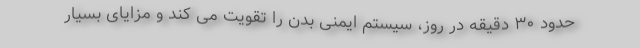
حدود ۳۰ دقیقه در روز، سیستم ایمنی بدن را تقویت می کند و مزایای بسیار